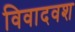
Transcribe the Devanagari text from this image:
विवादवश